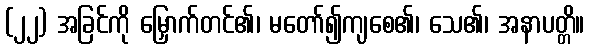
(၂၂) အခြင်ကို မြှောက်တင်၏၊ မတော်၍ကျစေ၏၊ သေ၏၊ အနာပတ္တိ။